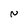
Character: N